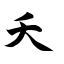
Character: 夭